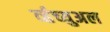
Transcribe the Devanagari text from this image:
र्व्हच्युअल